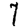
Digit: 7